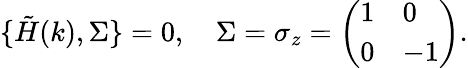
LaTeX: \begin{array}{r}{\{ \tilde{H}(k),\Sigma\} =0,\quad\Sigma=\sigma_{z}=\left(\begin{array}{ll}{1}&{0}\\ {0}&{-1}\end{array}\right).}\end{array}